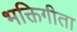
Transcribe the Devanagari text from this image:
भक्तिगीता